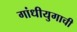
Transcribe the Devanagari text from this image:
गांधीयुगाची